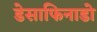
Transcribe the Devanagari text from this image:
डेसाफिनाडो